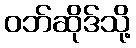
ဝဘ်ဆိုဒ်သို့